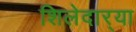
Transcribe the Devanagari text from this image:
शिलेदार्‍या